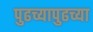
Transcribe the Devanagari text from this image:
पुढच्यापुढच्या